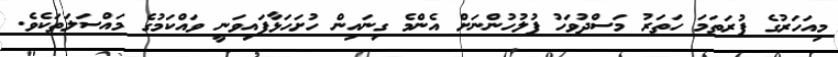
މިއަހަރުގެ ފުރަތަމަ ހަތަރު މަސްދުވަހު ފުލުހުންނަށް އެންމެ ގިނައިން ހުށަހަޅާފައިވަނީ ވައްކަމުގެ މައްސަލަތަކެވެ.